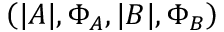
\left( | A | , \Phi _ { A } , | B | , \Phi _ { B } \right)